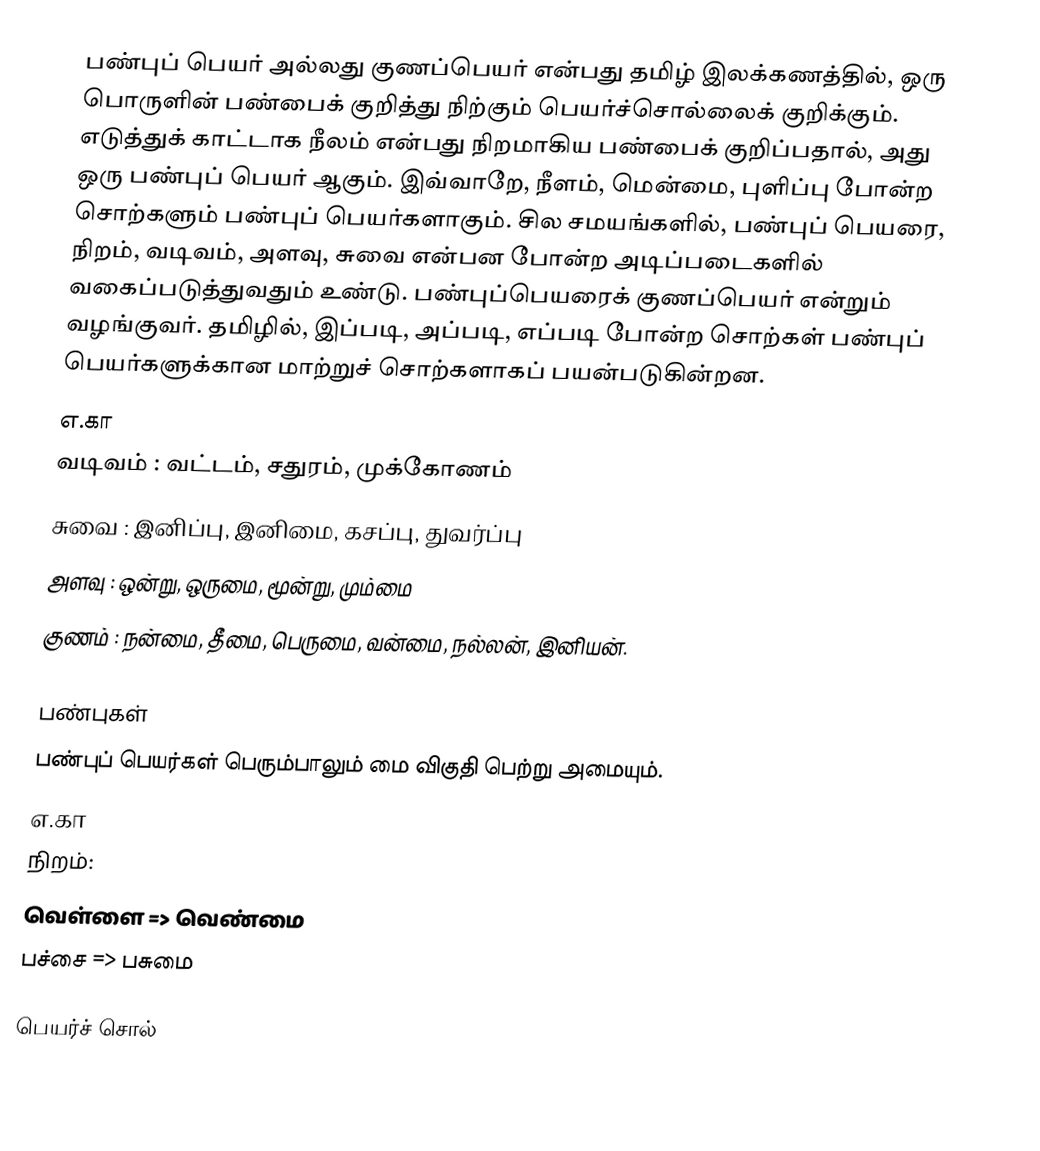
பண்புப் பெயர் அல்லது குணப்பெயர் என்பது தமிழ் இலக்கணத்தில், ஒரு பொருளின் பண்பைக் குறித்து நிற்கும் பெயர்ச்சொல்லைக் குறிக்கும். எடுத்துக் காட்டாக நீலம் என்பது நிறமாகிய பண்பைக் குறிப்பதால், அது ஒரு பண்புப் பெயர் ஆகும். இவ்வாறே, நீளம், மென்மை, புளிப்பு போன்ற சொற்களும் பண்புப் பெயர்களாகும். சில சமயங்களில், பண்புப் பெயரை, நிறம், வடிவம், அளவு, சுவை என்பன போன்ற அடிப்படைகளில் வகைப்படுத்துவதும் உண்டு. பண்புப்பெயரைக் குணப்பெயர் என்றும் வழங்குவர். தமிழில், இப்படி, அப்படி, எப்படி போன்ற சொற்கள் பண்புப் பெயர்களுக்கான மாற்றுச் சொற்களாகப் பயன்படுகின்றன.
எ.கா
வடிவம் : வட்டம், சதுரம், முக்கோணம்
சுவை : இனிப்பு, இனிமை, கசப்பு, துவர்ப்பு
அளவு : ஒன்று, ஒருமை, மூன்று, மும்மை
குணம் : நன்மை, தீமை, பெருமை, வன்மை, நல்லன், இனியன்.

பண்புகள்
பண்புப் பெயர்கள் பெரும்பாலும் மை விகுதி பெற்று அமையும்.
எ.கா
நிறம்:
வெள்ளை => வெண்மை
பச்சை => பசுமை

பெயர்ச் சொல்